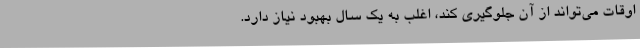
اوقات می‌تواند از آن جلوگیری کند، اغلب به یک سال بهبود نیاز دارد.